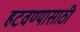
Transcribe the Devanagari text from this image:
हटवण्यासाठी